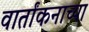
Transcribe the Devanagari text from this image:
वार्तांकनाच्या